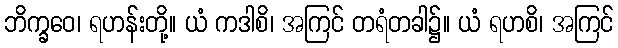
ဘိက္ခဝေ၊ ရဟန်းတို့။ ယံ ကဒါစိ၊ အကြင် တရံတခါ၌။ ယံ ရဟစိ၊ အကြင်